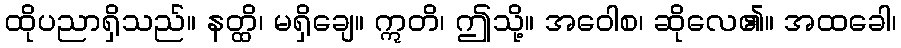
ထိုပညာရှိသည်။ နတ္ထိ၊ မရှိချေ။ ဣတိ၊ ဤသို့။ အဝေါစ၊ ဆိုလေ၏။ အထခေါ၊